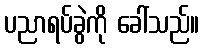
ပညာရပ်ခွဲကို ခေါ်သည်။